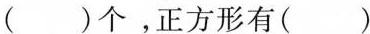
( )个，正方形有( )